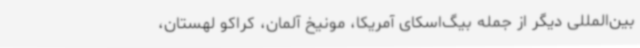
بین‌المللی دیگر از جمله بیگ‌اسکای آمریکا، مونیخ آلمان، کراکو لهستان،